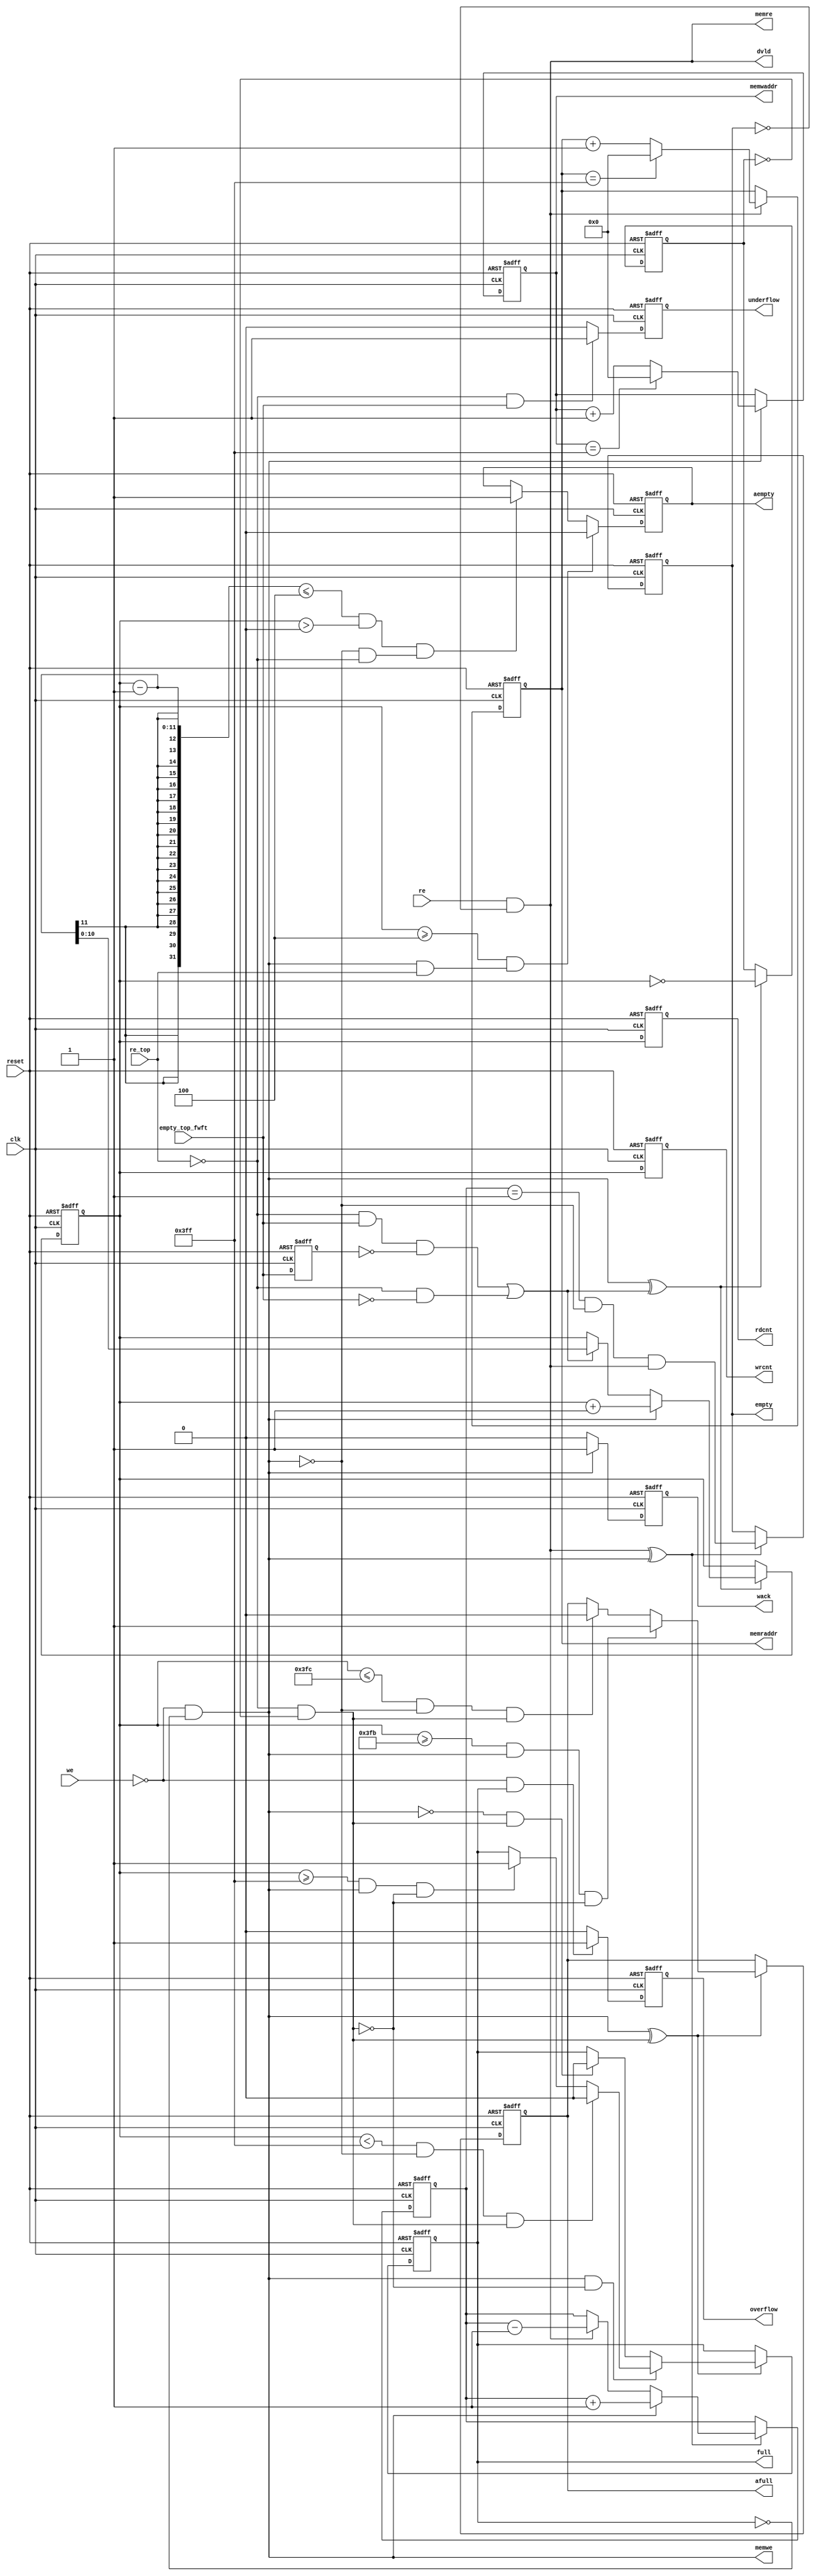
//--=================================================================================================
//-- File Name                           : axi_lbus_corefifo_sync_scntr.v

//-- Targeted device                     : Microsemi-SoC
//-- Author                              : India Solutions Team
//--
//-- COPYRIGHT 2019 BY MICROSEMI
//-- THE INFORMATION CONTAINED IN THIS DOCUMENT IS SUBJECT TO LICENSING RESTRICTIONS FROM MICROSEMI
//-- CORP. IF YOU ARE NOT IN POSSESSION OF WRITTEN AUTHORIZATION FROM MICROSEMI FOR USE OF THIS
//-- FILE, THEN THE FILE SHOULD BE IMMEDIATELY DESTROYED AND NO BACK-UP OF THE FILE SHOULD BE MADE.
//--
//--=================================================================================================

`timescale 1ns/100ps

module ddr_rw_arbiter_C0_ddr_rw_arbiter_C0_0_corefifo_sync_scntr (
    clk,
    reset,
    we,
    re,
    re_top,
    full,
    afull,
    wrcnt,
    empty,
    aempty,
    rdcnt,
    underflow,
    overflow,
    dvld,
    wack,
    memwaddr,
    memwe,
    memraddr,
    memre,
    empty_top_fwft   

);

   // --------------------------------------------------------------------------
   // PARAMETER Declaration
   // --------------------------------------------------------------------------
   parameter WRITE_WIDTH      = 18;
   parameter WRITE_DEPTH      = 10;
   parameter FULL_WRITE_DEPTH = 1024;
   parameter READ_WIDTH       = 18;
   parameter READ_DEPTH       = WRITE_DEPTH;
   parameter FULL_READ_DEPTH  = 1024;
   parameter PREFETCH         = 1;
   parameter FWFT             = 0;
   parameter WCLK_HIGH        = 1;
   parameter RESET_LOW        = 1;
   parameter WRITE_LOW        = 1;
   parameter READ_LOW         = 1;
   parameter AF_FLAG_STATIC   = 1;
   parameter AE_FLAG_STATIC   = 1;
   parameter AFULL_VAL        = 1020;
   parameter AEMPTY_VAL       = 4;
   parameter ESTOP            = 1;
   parameter FSTOP            = 1;
   parameter PIPE             = 1;
   parameter REGISTER_RADDR   = 1;
   parameter READ_DVALID      = 1;
   parameter WRITE_ACK        = 1;
   parameter OVERFLOW_EN      = 1; 
   parameter UNDERFLOW_EN     = 1; 
   parameter WRCNT_EN         = 1; 
   parameter RDCNT_EN         = 1; 
   parameter ECC              = 1;
   localparam WDEPTH_CAL      = (WRITE_DEPTH == 0) ? WRITE_DEPTH : (WRITE_DEPTH-1); 
   localparam RDEPTH_CAL      = (READ_DEPTH == 0)  ? READ_DEPTH  : (READ_DEPTH-1); 

   // --------------------------------------------------------------------------
   // I/O Declaration
   // --------------------------------------------------------------------------
   
   //--------
   // Inputs
   //--------
    input                    clk;                  // fifo clock
    input                    reset;                // reset
    input                    we;                   // write enable to fifo
    input                    re;                   // read enable to fifo
    input                    re_top;                   // read enable to fifo
    input                    empty_top_fwft;    

   //---------
   // Outputs
   //---------
    output                   full;                 // full status flag
    output                   afull;                // almost full status flag
    output [WRITE_DEPTH:0]   wrcnt;                // number of elements remaining in write domain

    output                   empty;                // empty status flag
    output                   aempty;               // almost empty status flag
    output [READ_DEPTH:0]    rdcnt;                // number of elements remaining in read domain

    output                   underflow;            // underflow status flag
    output                   overflow;             // overflow status flag
    output                   dvld;                 // dvld status flag
    output                   wack;                 // wack status flag

    output [WDEPTH_CAL:0]    memwaddr;             // memory write address
    output                   memwe;                // memory write enable
    output [RDEPTH_CAL:0]    memraddr;             // memory read address
    output                   memre;                // memory read enable
    
   // --------------------------------------------------------------------------
   // Internal signals
   // --------------------------------------------------------------------------
    wire                     full;
    wire                     afull;
    reg    [WRITE_DEPTH:0]   wrcnt;
    wire                     empty;
    wire                     aempty;
    wire                     aempty_fwft;
    reg    [READ_DEPTH:0]    rdcnt;
    wire   [WDEPTH_CAL:0]    memwaddr;
    wire                     memwe;
    wire   [RDEPTH_CAL:0]    memraddr;
    wire                     memre;

    reg                      full_r;
    reg                      full_reg;
    reg                      afull_r;
    reg                      empty_r;
    reg                      empty_r_fwft;
    reg                      empty_top_fwft_r;
    reg                      aempty_r;
    reg                      aempty_r_fwft;
    reg    [WDEPTH_CAL:0]    memwaddr_r;
    reg    [RDEPTH_CAL:0]    memraddr_r;
    reg                      dvld_r;
    reg                      dvld_r2;
    reg                      underflow_r;
    reg                      wack_r;
    reg                      overflow_r;
    reg    [READ_DEPTH:0]    sc_r;
    reg    [READ_DEPTH:0]    sc_r_fwft;
    reg                      almostemptyi;
    reg                      re_p_d1; 

    wire   [WRITE_DEPTH:0]   afthreshi;
    wire   [READ_DEPTH:0]    aethreshi;
    wire                     fulli;
    wire                     almostfulli;
    wire                     almostfulli_assert;   
    wire                     almostfulli_deassert; 
    wire                     fulli_assert; 
    wire                     fulli_deassert; 
    wire                     emptyi;
    wire                     emptyi_fwft;
    wire                     we_p;
    wire                     re_p;
    wire                     we_i;
    wire                     re_i;
    wire                     pos_clk;
    wire                     neg_reset;
    wire                     re_top_p;
    wire                     aresetn;



   assign pos_clk   =  WCLK_HIGH  ? clk    : ~clk; 
   assign aresetn =  RESET_LOW  ? ~reset : reset;


   generate  
      if (FWFT == 0 && PREFETCH == 0)  begin
         assign re_p  = READ_LOW  ? (~re) : (re);
         assign we_p  = WRITE_LOW ? (~we) : (we);
      end
   endgenerate

   generate
      if ((FWFT == 1 || PREFETCH == 1) && PIPE == 1)  begin
         assign re_p  = re;
         assign re_top_p  = READ_LOW  ? (~re_top) : (re_top);
         assign we_p  = WRITE_LOW ? (~we) : (we);
      end
   endgenerate

   assign       we_i = we_p & !full_r ;
   assign       re_i = re_p & !empty_r;


   assign full      = full_r;
   assign afull     = afull_r;
   assign empty     = empty_r;
   assign aempty    = aempty_r;
   assign aempty_fwft = aempty_r;
   assign underflow = underflow_r;
   assign wack      = wack_r;
   assign dvld      = (REGISTER_RADDR==2) ? dvld_r2 : 
	              ((REGISTER_RADDR == 1 && PREFETCH == 0) ? dvld_r : re_i);
   assign overflow  = overflow_r;
   assign memwaddr  = memwaddr_r;
   assign memraddr  = memraddr_r;
   assign memwe     = we_i;
   assign memre     = re_i;    

       
   always @(negedge aresetn or posedge pos_clk)  
     begin
        if (!aresetn ) begin
           wrcnt <= {WRITE_DEPTH{1'b0}};
        end
        else if (WRCNT_EN && PREFETCH == 0 && FWFT == 0) begin
           wrcnt <= sc_r; 
        end
        else if (WRCNT_EN && (PREFETCH == 1 || FWFT == 1)) begin
           wrcnt <= sc_r_fwft; 
        end
        else begin
           wrcnt <= {WRITE_DEPTH{1'b0}};
        end
     end
       
   always @(negedge aresetn or posedge pos_clk)
     begin
        if (!aresetn) begin
           rdcnt <= {READ_DEPTH{1'b0}};
        end
        else if (RDCNT_EN && PREFETCH == 0 && FWFT == 0) begin
           rdcnt <= sc_r; 
        end
        else if (RDCNT_EN && (PREFETCH == 1 || FWFT == 1)) begin
           rdcnt <= sc_r_fwft; 
        end
       else begin
          rdcnt <= {READ_DEPTH{1'b0}};
       end
     end

generate 
 if ( ECC == 1 && PIPE == 2 )  
   begin 
     reg empty_f;
    
     assign emptyi    =  (( sc_r == 1) & re_i ); 

     always @(negedge aresetn or posedge pos_clk)
       begin
         if (!aresetn) 
           empty_f <= 1'b1;        
         else if (re_i ^ we_i)  
           empty_f <= emptyi ;
       end

     always @(posedge pos_clk or negedge aresetn)
       if (!aresetn)
         empty_r <= 1'b1; 
       else
         empty_r <= emptyi ? 1'b1 : empty_f;
   end 
 else 
   begin
      assign       emptyi    =  ( sc_r == 1) & !we_i & re_i;

      always @(posedge pos_clk or negedge aresetn)
        if (!aresetn) 
          empty_r <= 1'b1; 
        else if(re_i ^ we_i)
          empty_r <= emptyi;
   end  
 endgenerate 


    always @(negedge aresetn or posedge pos_clk)
    begin
       if (!aresetn) begin
           sc_r <= 0;
       end
       else if ( we_i ^ re_i) begin
	   if(we_i == 1'b1) begin
             sc_r <= (sc_r + 1); 
           end
	   else if(re_i == 1'b1) begin
             sc_r <= (sc_r - 1); 
	   end
       end
    end

   always @(negedge aresetn or posedge pos_clk)
     begin
        if (!aresetn) begin
           sc_r_fwft <= 0;
        end
        else if ( we_i ^ ((re_top_p & empty_top_fwft & !empty_top_fwft_r) || (re_top_p & !empty_top_fwft) )) begin  
	     if(we_i == 1'b1) begin
               sc_r_fwft <= (sc_r_fwft + 1); 
             end
	     else if(((re_top_p & empty_top_fwft & !empty_top_fwft_r) || (re_top_p & !empty_top_fwft) )) begin  
               sc_r_fwft <= (sc_r_fwft - 1); 
	     end
        end
    end

   assign emptyi_fwft  =  ( sc_r_fwft  == 'h0);  
   
      
   generate
      if (FWFT == 0 && PREFETCH == 0)  begin

      assign afthreshi =  AF_FLAG_STATIC ? AFULL_VAL-1  : FULL_WRITE_DEPTH;     
      assign aethreshi =  AE_FLAG_STATIC ? AEMPTY_VAL   : 2;   

      always @(*)
      begin         
        almostemptyi =  (( sc_r <= aethreshi) & !we_i & re_i) | ( (sc_r+1 < aethreshi) & we_i & !re_i);          
      end

      assign almostfulli  =  ((sc_r >= (afthreshi)) & we_i & !re_i) | ( (sc_r-1 > afthreshi) & !we_i & re_i);
      assign fulli        =  ( sc_r == (FULL_WRITE_DEPTH-1)) & we_i & !re_i ;
      end
   endgenerate

   generate
      if ((FWFT == 1 || PREFETCH == 1) && PIPE == 1)  begin

      assign afthreshi =  AF_FLAG_STATIC ? AFULL_VAL    : FULL_WRITE_DEPTH;     
      assign aethreshi =  AE_FLAG_STATIC ? AEMPTY_VAL   : 2;   

   always @(posedge pos_clk or negedge aresetn)
     begin
        if (!aresetn) begin
           almostemptyi <= 1'b1;
        end 
        else begin
           if((sc_r_fwft >= aethreshi) && we_i & !re_top_p) begin
              almostemptyi <= 1'b0;
           end
           else if((sc_r_fwft-1 <= aethreshi) && sc_r_fwft > 0 && !we_i & re_top_p) begin   
              almostemptyi <= 1'b1;
           end
        end
     end

         assign almostfulli_assert    =  ((sc_r_fwft >= (afthreshi-1)) & we_i & !(re_top_p & !empty_r_fwft));  
         assign almostfulli_deassert  =  ( (sc_r_fwft <= afthreshi) & !we_i & (re_top_p & !empty_r_fwft));     
         assign almostfulli  =  almostfulli_assert ? 1'b1 : (almostfulli_deassert ? 1'b0 : afull_r); 

         assign fulli_assert   =  ( sc_r_fwft >= (FULL_WRITE_DEPTH-1)) & we_i & !(re_top_p & !empty_r_fwft);  
         assign fulli_deassert =  ( sc_r_fwft < (FULL_WRITE_DEPTH-1 )) & !we_i & (re_top_p & !empty_r_fwft);  
         assign fulli          =  fulli_deassert ? 1'b0 : (fulli_assert ? 1'b1 : full_r);  
      end
   endgenerate

   always @(posedge pos_clk or negedge aresetn)
     begin
        if (!aresetn) begin
           dvld_r2  <= 1'b0;
           full_reg <= 1'b0;
           re_p_d1  <= 'h0;
           empty_top_fwft_r <= 1'b1;
        end
        else begin
           dvld_r2  <= dvld_r;
           full_reg <= full_r;
           re_p_d1  <= re_p;
           empty_top_fwft_r <= empty_top_fwft;  
        end
     end
  
    always @(posedge pos_clk or negedge aresetn)
    begin
        if (!aresetn) begin
            empty_r_fwft<= 1'b1;
            aempty_r_fwft    <= 1'b1;
            dvld_r      <= 1'b0;
            underflow_r <= 1'b0;
        end
        else begin

            if (we_i ^  ((re_top_p &  empty_top_fwft & !empty_top_fwft_r)|| (re_top_p & !empty_top_fwft)))  
                empty_r_fwft <= emptyi_fwft;

            if ((we_i ^ (re_top_p &  !empty_r_fwft)))
              aempty_r_fwft <= almostemptyi;


            if (re_i == 1'b1 && READ_DVALID == 1 && (FWFT == 0 && PREFETCH == 0))
               dvld_r <= 1'b1;
            else if ((re_top_p &  !empty_r_fwft) && READ_DVALID == 1 && (FWFT == 1 || PREFETCH == 1))  
               dvld_r <= 1'b1;
            else
               dvld_r <= 1'b0;

            if ( re_p == 1'b1 && empty_r == 1'b1 && UNDERFLOW_EN == 1 && (FWFT == 0 && PREFETCH == 0))
               underflow_r <= 1'b1;
            else if ( re_top_p == 1'b1 && empty_top_fwft == 1'b1 && UNDERFLOW_EN == 1  && (FWFT == 1 || PREFETCH == 1))  
              underflow_r <= 1'b1;
            else
              underflow_r <= 1'b0;

        end
    end

   generate
      if (FWFT == 0 && PREFETCH == 0)  begin

         always @(posedge pos_clk or negedge aresetn)
         begin
          if (!aresetn) begin
            aempty_r    <= 1'b1;
          end
          else begin
            if ((we_i ^ re_i)) begin  
                aempty_r <= almostemptyi;
            end
          end
         end

       always @(posedge pos_clk or negedge aresetn)
       begin
        if (!aresetn) begin
            full_r     <= 1'b0;
            afull_r    <= 1'b0;
            wack_r     <= 1'b0;
            overflow_r <= 1'b0;
        end
        else begin
            if (we_i ^ re_i) begin
               full_r  <= fulli;
            end

            if ((we_i ^ re_i))
               afull_r <= almostfulli;

            if (we_i == 1'b1 && WRITE_ACK == 1)
               wack_r <= 1'b1;
            else
               wack_r <= 1'b0;

            if ( we_p == 1'b1 && full_r == 1'b1 && OVERFLOW_EN == 1)
               overflow_r <= 1'b1; 
            else
               overflow_r <= 1'b0;

        end
       end

      end
   endgenerate

   generate
      if ((FWFT == 1 || PREFETCH == 1) && PIPE == 1)  begin
         always @(*)
         begin
           aempty_r = almostemptyi;
         end

         always @(posedge pos_clk or negedge aresetn)
         begin
           if (!aresetn) begin
            full_r     <= 1'b0;
            afull_r    <= 1'b0;
            wack_r     <= 1'b0;
            overflow_r <= 1'b0;
           end
           else begin
            if ((we_i ^ (re_top_p &  !empty_r_fwft)) ) begin
               if (we_i == 1'b1 && !(re_top_p &  !empty_r_fwft)) begin 
                 full_r  <= fulli;
               end 
               else if (we_i == 1'b0 && (re_top_p &  !empty_r_fwft)) begin 
                 full_r  <= 1'b0;
               end 
            end

            if ((we_i ^ (re_top_p &  !empty_r_fwft)))
               afull_r <= almostfulli;

            if (we_i == 1'b1 && WRITE_ACK == 1)
               wack_r <= 1'b1;
            else
               wack_r <= 1'b0;

            if ( we_p == 1'b1 && full_r == 1'b1 && OVERFLOW_EN == 1)
               overflow_r <= 1'b1;
            else
               overflow_r <= 1'b0;


        end
    end

     end
   endgenerate
        
   always @(posedge pos_clk or negedge aresetn )
     begin
        if ( !aresetn ) begin
           memwaddr_r <= 'h0;
        end
        else begin
           if ( we_i == 1'b1) begin
              if(memwaddr_r == (FULL_WRITE_DEPTH-1)) begin
                 memwaddr_r <= 'h0;
	      end else begin
                 memwaddr_r <= memwaddr_r + 1;
              end
           end
        end
     end

   always @(posedge pos_clk or negedge aresetn)
     begin
        if ( !aresetn ) begin
           memraddr_r <= 'h0;
        end
        else begin
	   if ( re_i == 1'b1) begin
              if(memraddr_r == (FULL_READ_DEPTH-1)) begin
                memraddr_r <= 'h0;
	      end else begin
                memraddr_r <= memraddr_r + 1;
              end
           end
        end
     end

endmodule